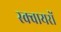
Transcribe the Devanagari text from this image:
स्क्वायरों